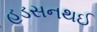
હડસનથઈ